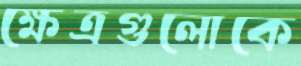
ক্ষেত্রগুলোকে